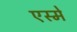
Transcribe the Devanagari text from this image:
एस्मे